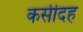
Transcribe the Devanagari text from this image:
कसीदह